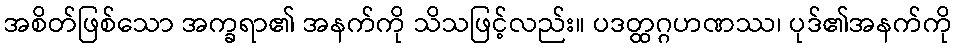
အစိတ်ဖြစ်သော အက္ခရာ၏ အနက်ကို သိသဖြင့်လည်း။ ပဒတ္ထဂ္ဂဟဏဿ၊ ပုဒ်၏အနက်ကို